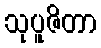
သုပူဇိတာ